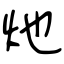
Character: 灺